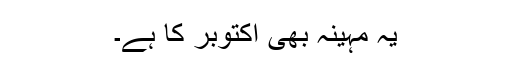
یہ مہینہ بھی اکتوبر کا ہے۔